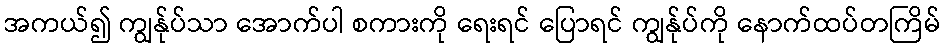
အကယ်၍ ကျွန်ုပ်သာ အောက်ပါ စကားကို ရေးရင် ပြောရင် ကျွန်ုပ်ကို နောက်ထပ်တကြိမ်